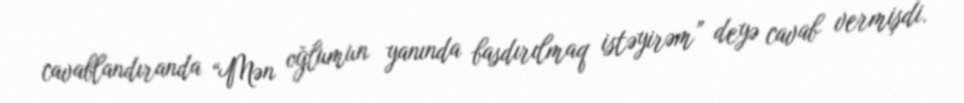
cavablandıranda “Mən oğlumun yanında basdırılmaq istəyirəm” deyə cavab vermişdi.